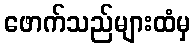
ဖောက်သည်များထံမှ